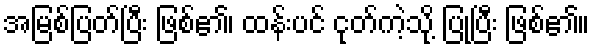
အမြစ်ပြတ်ပြီး ဖြစ်၏၊ ထန်းပင် ငုတ်ကဲ့သို့ ပြုပြီး ဖြစ်၏။